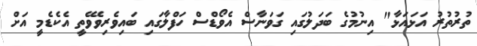
ތުރުތުރު އަޅައަޅާ" އިނުމުގެ ބަދަލުގައި ގަވަނާސް އެވޯޑްސް ހަފްލާގައި ބައިވެރިވެވޭތީ އެކެޑެމީ އަށް